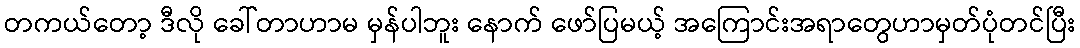
တကယ်တော့ ဒီလို ခေါ်တာဟာမ မှန်ပါဘူး နောက် ဖော်ပြမယ့် အကြောင်းအရာတွေဟာမှတ်ပုံတင်ပြီး